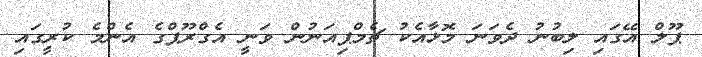
ޕޫލް އޭގައި ލިބުނު ދެވަނަ މޮޅާއެކު ޗެމްޕިއަނުން ވަނީ އެގްރޫޕްގެ އެންމެ ކުރީގައި